65_HS1-834228961_62-HQ-83894_Section_3
Agency: FBI
Page 130
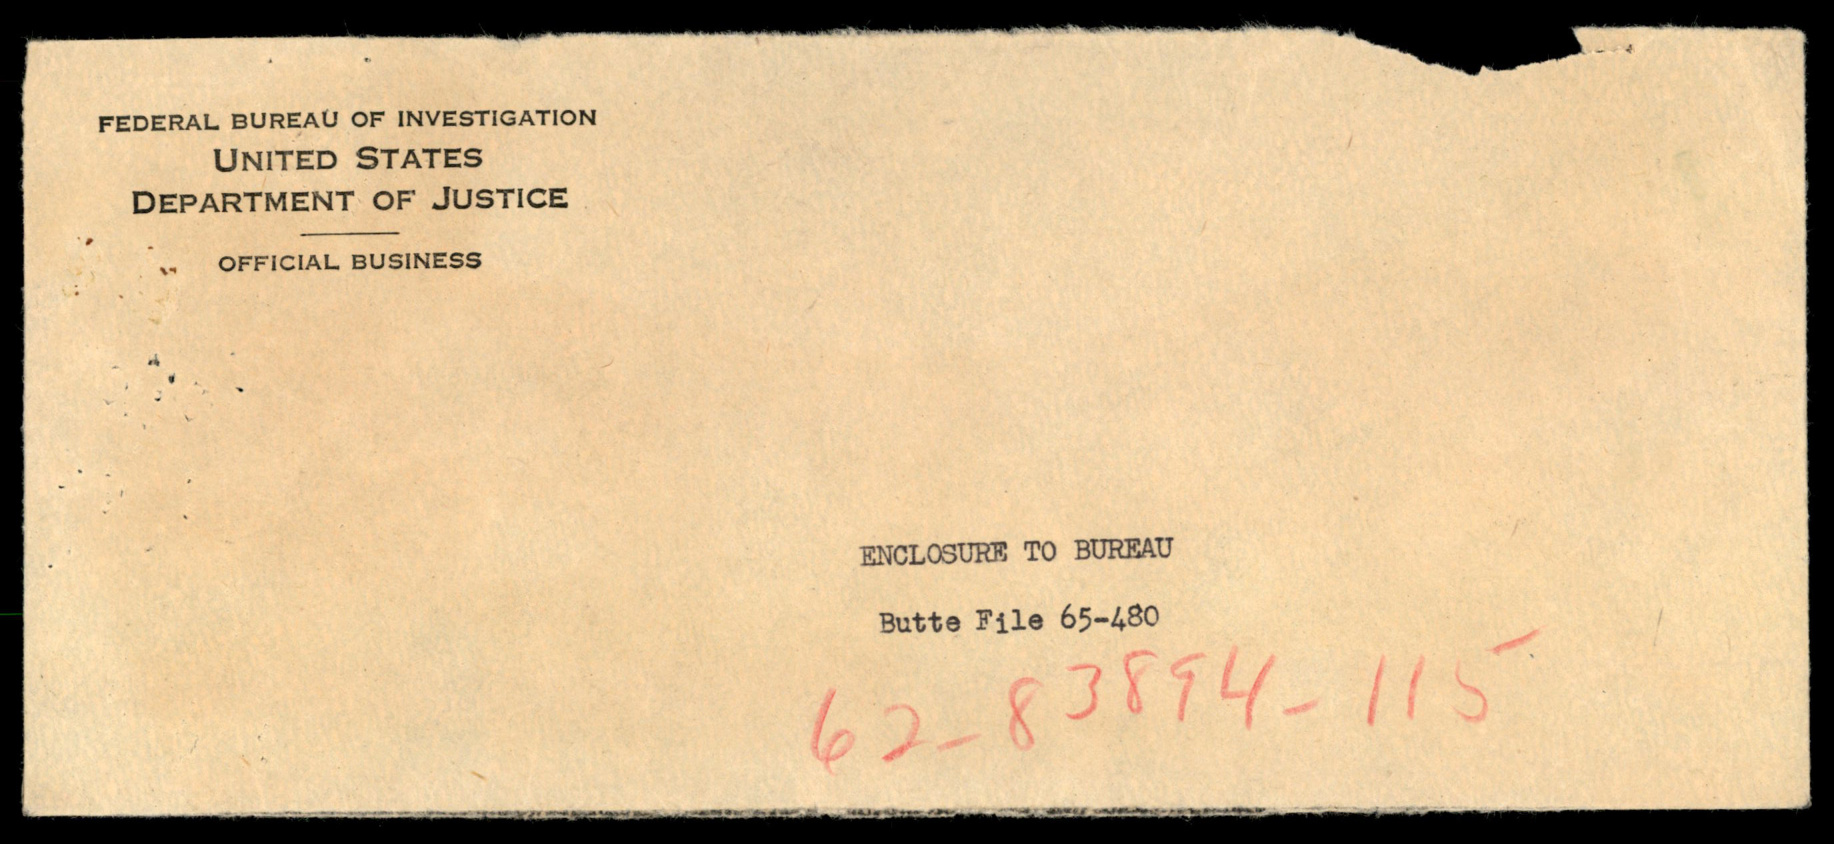